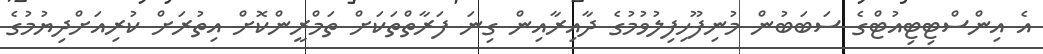
އެ އިންސްޓިޓިއުޓްގެ ސަބަބުން މުނިފޫހިފިލުވުމުގެ ދާއިރާއިން ގިނަ ފަރާތްތަކަށް ތަމްރީންކޮށް އިތުރަށް ކުރިއަށްދިޔުމުގެ